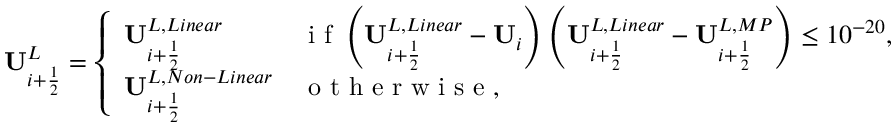
\mathbf { U } _ { i + \frac { 1 } { 2 } } ^ { L } = \left\{ \begin{array} { l l } { \mathbf { U } _ { i + \frac { 1 } { 2 } } ^ { L , L i n e a r } } & { \mathrm { ~ i ~ f ~ } \left( \mathbf { U } _ { i + \frac { 1 } { 2 } } ^ { L , L i n e a r } - \mathbf { U } _ { i } \right) \left( \mathbf { U } _ { i + \frac { 1 } { 2 } } ^ { L , L i n e a r } - \mathbf { U } _ { i + \frac { 1 } { 2 } } ^ { L , M P } \right) \leq 1 0 ^ { - 2 0 } , } \\ { \mathbf { U } _ { i + \frac { 1 } { 2 } } ^ { L , N o n - L i n e a r } } & { \mathrm { ~ o ~ t ~ h ~ e ~ r ~ w ~ i ~ s ~ e ~ } , } \end{array} \right.